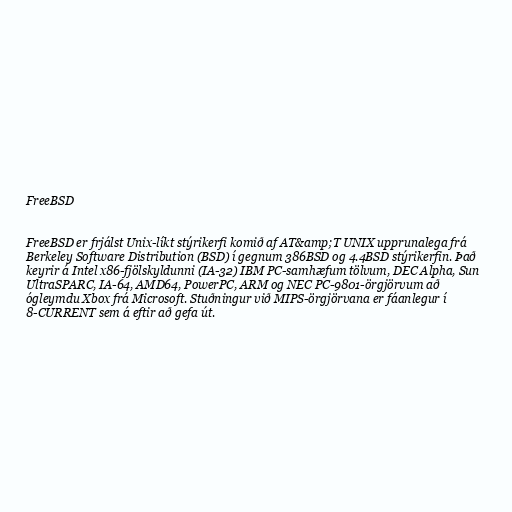
FreeBSD

FreeBSD er frjálst Unix-líkt stýrikerfi komið af AT&amp;T UNIX upprunalega frá
Berkeley Software Distribution (BSD) í gegnum 386BSD og 4.4BSD stýrikerfin. Það
keyrir á Intel x86-fjölskyldunni (IA-32) IBM PC-samhæfum tölvum, DEC Alpha, Sun
UltraSPARC, IA-64, AMD64, PowerPC, ARM og NEC PC-9801-örgjörvum að
ógleymdu Xbox frá Microsoft. Stuðningur við MIPS-örgjörvana er fáanlegur í
8-CURRENT sem á eftir að gefa út.